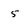
Character: 5